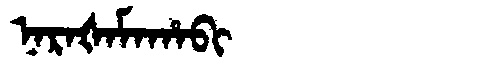
Manchu: ᠨᠠᡵᠠᡧᠠᠮᠠᡥᠠᠪᡳ
Romanization: NARAŠAMAHABI